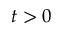
t > 0